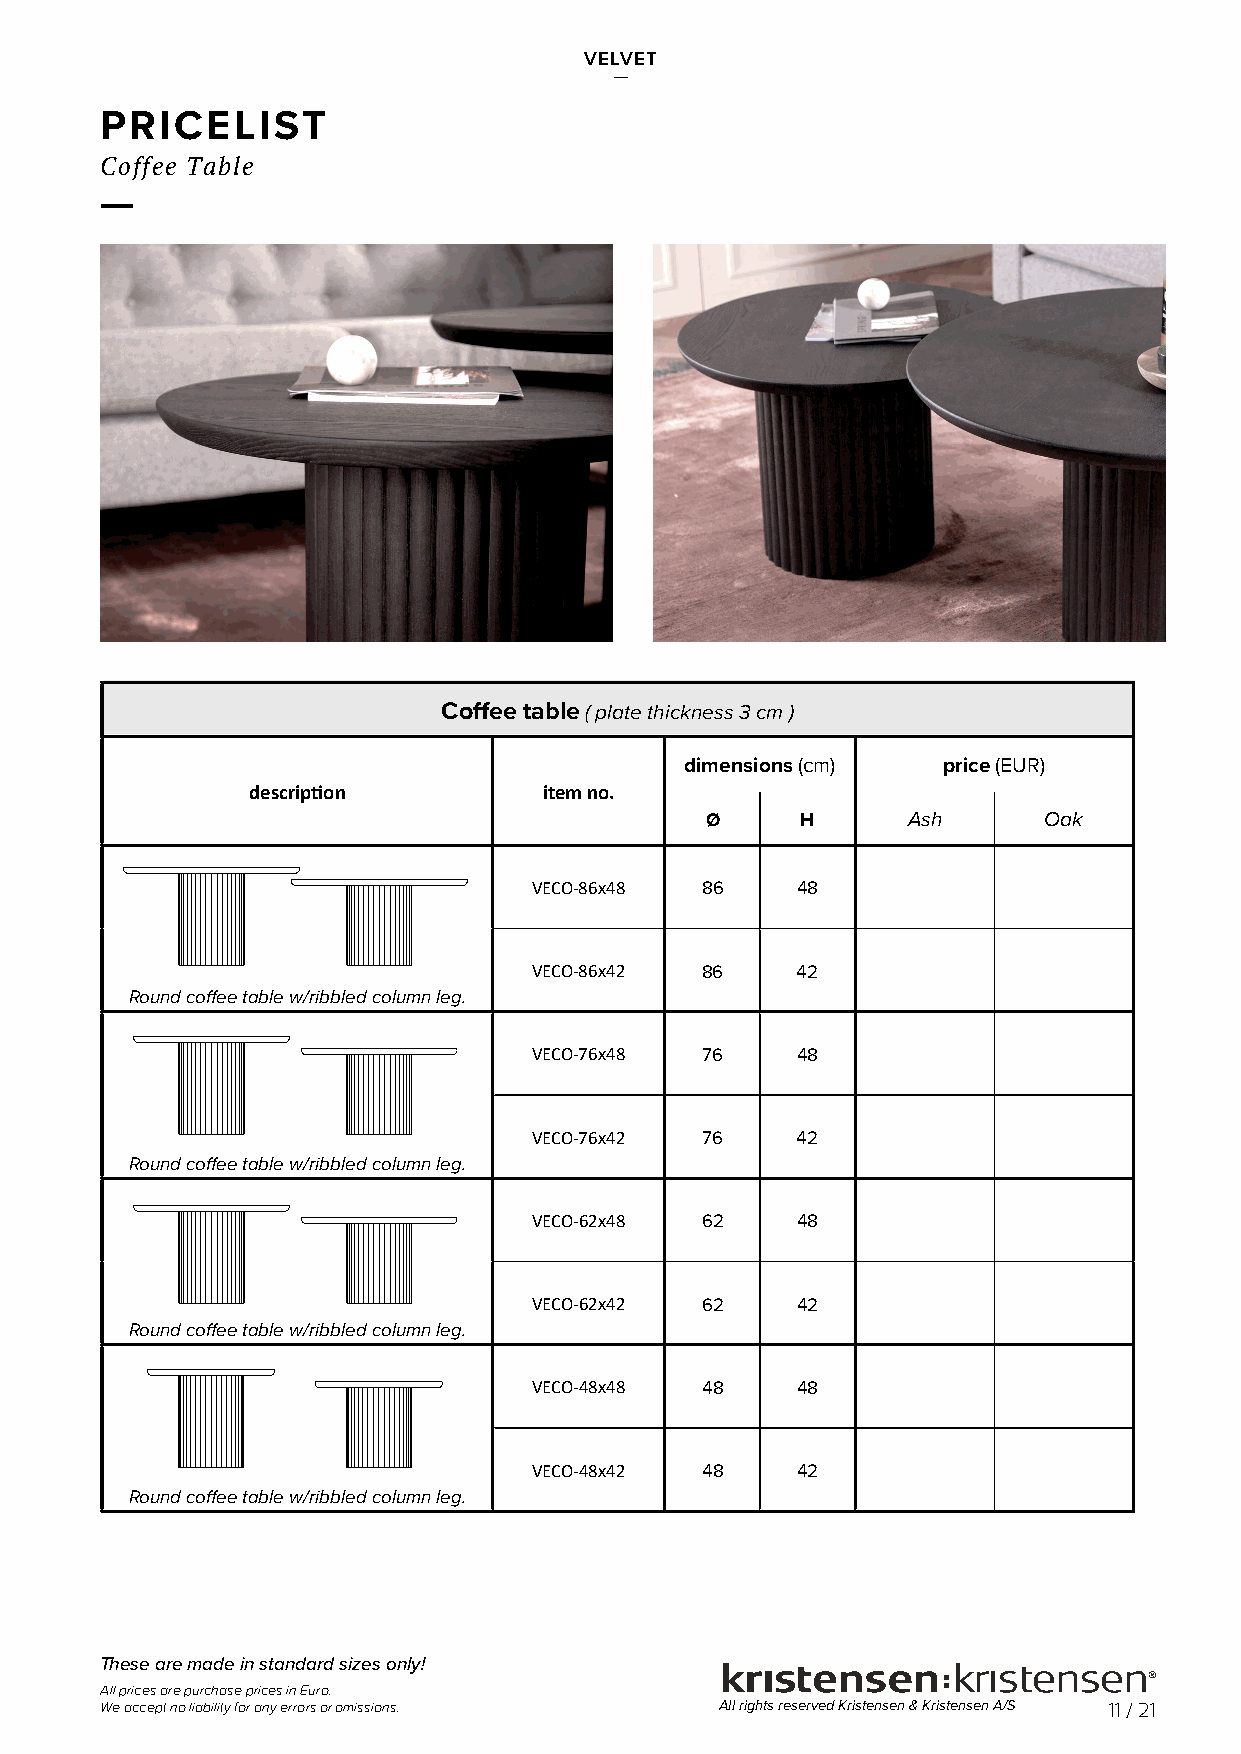
VELVET
 —
 PRICELIST
 Coffee Table
 —
 Coffee table ( plate thickness 3 cm )
 dimensions (cm)  price (EUR)
 description         item no.
 Ø     H      Ash      Oak
 VECO-86x48 86     48
 VECO-86x42 86     42
 Round coffee table w/ribbled column leg.
 VECO-76x48 76     48
 VECO-76x42 76     42
 Round coffee table w/ribbled column leg.
 VECO-62x48 62     48
 VECO-62x42 62     42
 Round coffee table w/ribbled column leg.
 VECO-48x48 48     48
 VECO-48x42 48     42
 Round coffee table w/ribbled column leg.
 These are made in standard sizes only!
 All prices are purchase prices in Euro.
 We accept no liability for any errors or omissions. All rights reserved Kristensen & Kristensen A/S 11 / 21